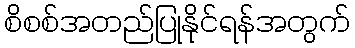
စိစစ်အတည်ပြုနိုင်ရန်အတွက်